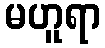
မဟူရာ